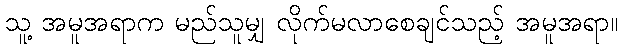
သူ့ အမူအရာက မည်သူမျှ လိုက်မလာစေချင်သည့် အမူအရာ။